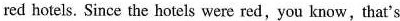
red hotels. Since the hotels were red,you know,that's